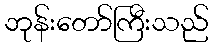
ဘုန်းတော်ကြီးသည်